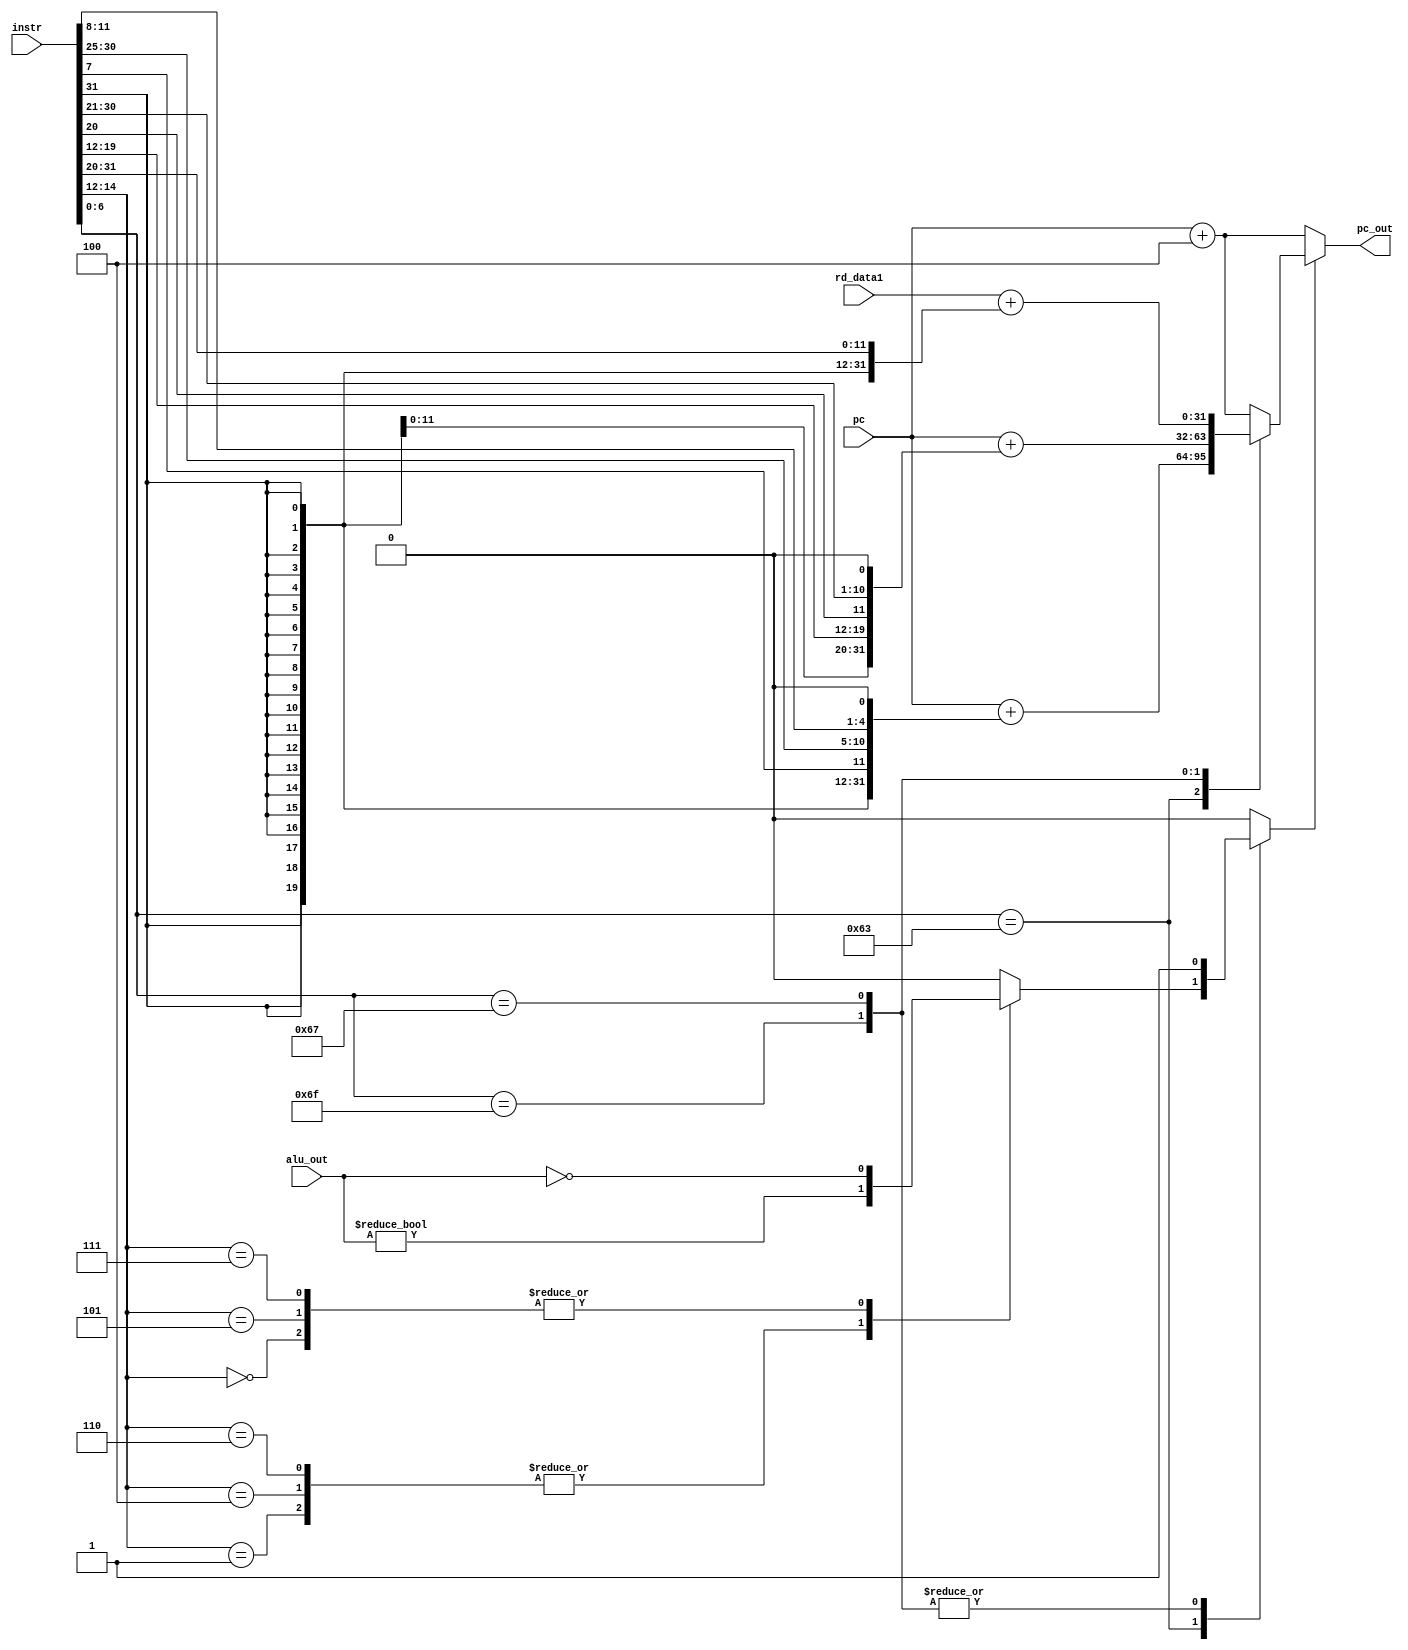
/*****************************************************************************   
                      
Filename        : branch.v
Author          : Sai Gautham Ravipati (EE19B053)
Date            : 10th October 2021 
Description     : Generates target address for branch operations both cond. 
                  and unconditional. 
                  
                  Inputs - 
                  - pc => Current value of program counter (iaddr). 
                  - instr. => 32-bit instruction (idata[31:0]). 
                  - rd_data1 => Source register-1 from the register file. 
                  - alu_out => alu_out used to check for branch cond. 
                  
                  Outputs - 
                  - pc_out => The computed instruction addr. for branch. 
                  
                  By default pc_out is set to pc + 4. 
                 
*****************************************************************************/

module branch( 
    input [31:0] pc,
    input [31:0] instr,
    input [31:0] rd_data1,
    input [31:0] alu_out, 
    output [31:0] pc_out
); 
    
    reg [31:0] br_addr;
    reg branch; 
    
    always @(*) begin 
        case(instr[6:0]) 
            7'b1100011: begin        // BEQ,BNE,BLT,BGE,BLTU,BGEU
                br_addr = pc + {{21{instr[31]}},instr[7],instr[30:25],instr[11:8],1'b0};    // Computing target addr.   
                case(instr[14:12])
                    3'b000: branch = (alu_out == 0);    // BEQ - SUB op in ALU
                    3'b001: branch = (alu_out != 0);    // BNE - SUB op in ALU
                    3'b100: branch = (alu_out != 0);    // BLT - SLT op in ALU
                    3'b101: branch = (alu_out == 0);    // BGE - SLT op in ALU 
                    3'b110: branch = (alu_out != 0);    // BLTU - SLTU op in ALU
                    3'b111: branch = (alu_out == 0);    // BGEU - SLTU op in ALU
                    default: branch = 0;                // Default value of branch signal 
                endcase 
            end 
            7'b1101111: begin        // JAL
                br_addr = pc + {{12{instr[31]}},instr[19:12],instr[20],instr[30:21],1'b0};  
                branch = 1; 
            end 
            7'b1100111: begin        // JALR
                br_addr = rd_data1 + {{20{instr[31]}},instr[31:20]};  
                branch = 1; 
            end 
            default: begin           // Default case 
                br_addr = pc + 4; 
                branch = 0; 
            end 
        endcase 
    end 
    
    assign pc_out = branch ? br_addr : (pc + 4);      // Selecting branch addr. based on value of branch signal
    
endmodule